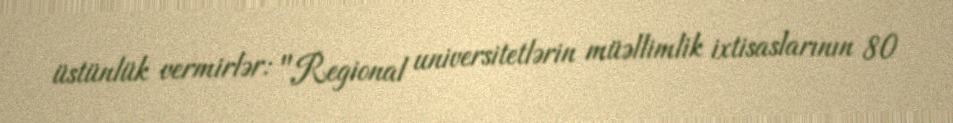
üstünlük vermirlər: "Regional universitetlərin müəllimlik ixtisaslarının 80